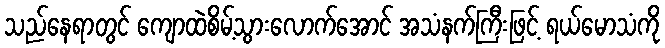
သည်နေရာတွင် ကျောထဲစိမ့်သွားလောက်အောင် အသံနက်ကြီးဖြင့် ရယ်မောသံကို